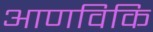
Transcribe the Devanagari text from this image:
आणविकि